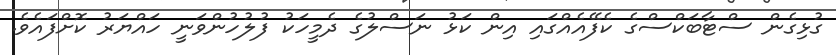
ގުޅިގެން ސްޓާބަކްސްގެ ކެފޭއެއްގައި އިން ކަޅު ނަސްލުގެ ދެމީހަކު ފުލުހުންވަނީ ހައްޔަރު ކޮށްފައެވެ.